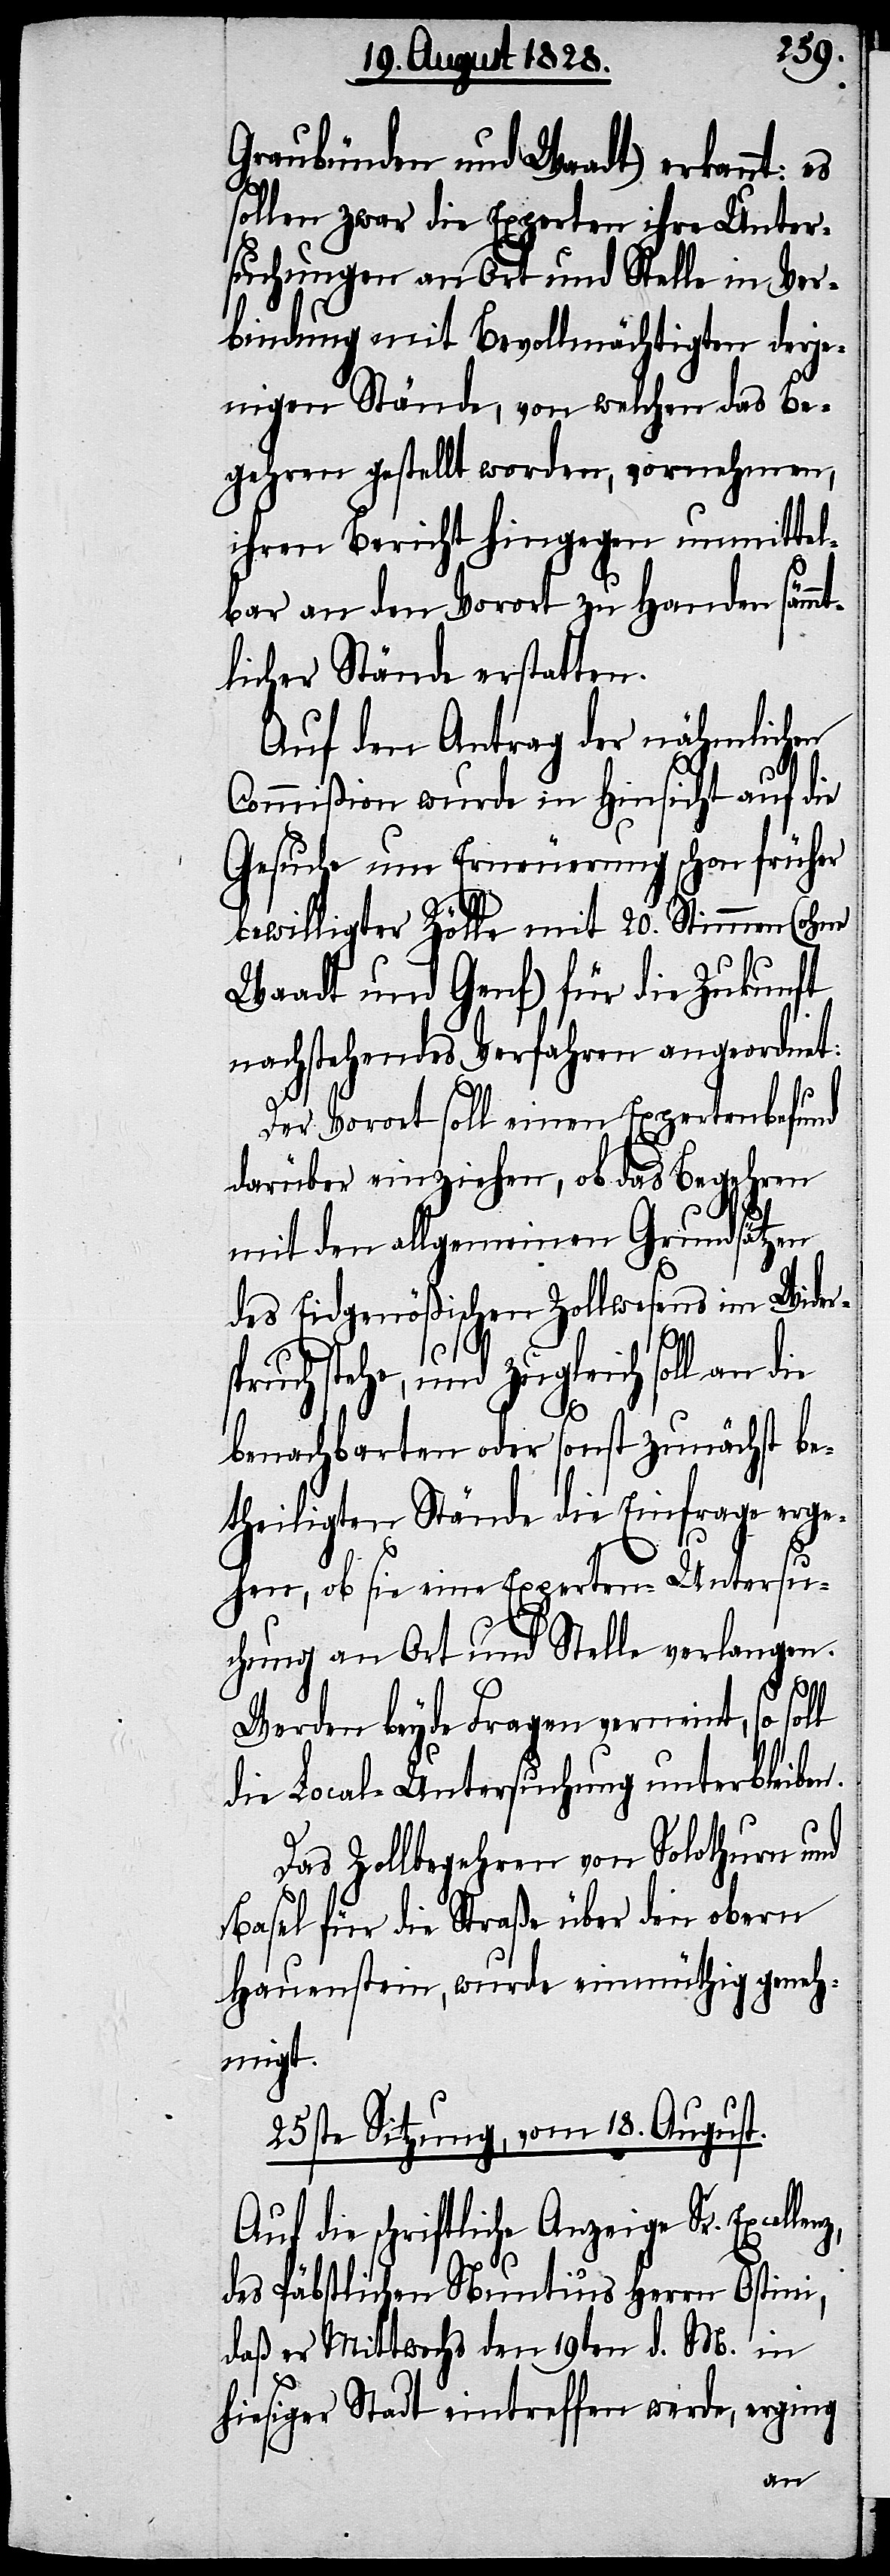
Graubünden und Waadt) erkannt: es
sollen zwar die Experten ihre Unter¬
suchungen an Ort und Stelle in Ver¬
bindung mit Bevollmächtigten derje¬
nigen Stände, von welchen das Be¬
gehren gestellt worden, vornehmen,
ihren Bericht hingegen unmittel¬
bar an den Vorort zu Handen sämmt¬
licher Stände erstatten.
Auf den Antrag der nähmlichen
Commißion wurde in Hinsicht auf die
Gesuche um Erneuerung schon früher
bewilligter Zölle mit 20. Stimmen (ohne
Waadt und Genf) für die Zukunft
nachstehendes Verfahren angeordnet:
Der Vorort soll einen Expertenbefund
darüber einziehen, ob das Begehren
mit den allgemeinen Grundsätzen
des Eidgenößischen Zollwesens im Wider¬
spruch stehe, und zugleich soll an die
benachbarten oder sonst zunächst be¬
theiligten Stände die Einfrage erge¬
hen, ob sie eine Experten-Untersu¬
chung an Ort und Stelle verlangen.
lenz,
Werden beyde Fragen verneint, so soll
die Local-Untersuchung unterbleiben.
Das Zollbegehren von Solothurn und
Basel für die Straße über den obern
Hauenstein, wurde einmüthig geneh¬
migt.
25ste Sitzung, vom 18. August.
Auf die schriftliche Anzeige Sr. Excel¬
des Päbstlichen Nuntius Herrn Ostini,
daß er Mittwochs den 19ten d. M. in
hiesiger Stadt eintreffen werde, erging